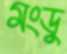
মংডু